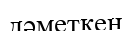
дәметкен